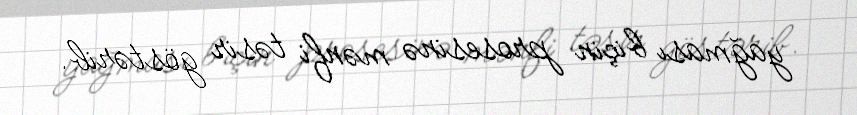
yağması biçin prosesinə mənfi təsir göstərib.